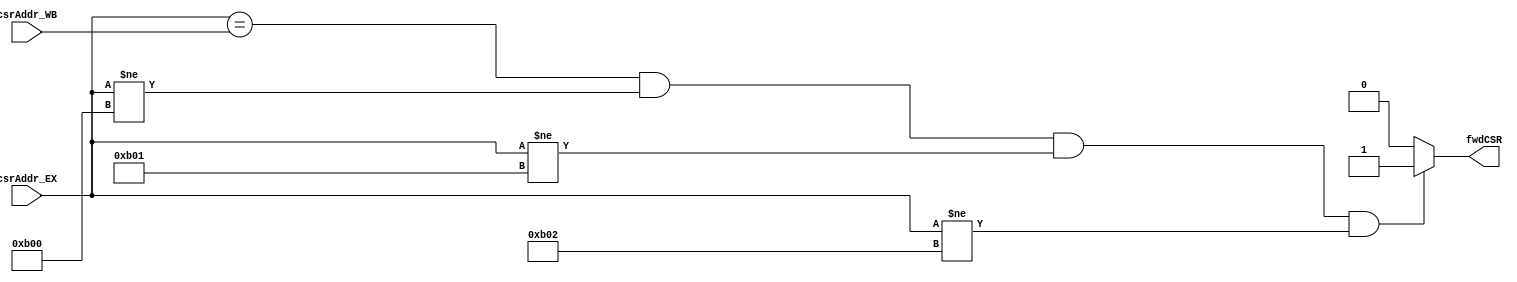
module csrFwdUnit(csrAddr_EX, csrAddr_WB, fwdCSR);
    input [11:0] csrAddr_EX;
    input [11:0] csrAddr_WB;
    output reg   fwdCSR;
    
    always @ (*) begin
        if ((csrAddr_EX == csrAddr_WB) && (csrAddr_EX != 12'hb00) && (csrAddr_EX != 12'hb01) && (csrAddr_EX != 12'hb02))
            fwdCSR = 1'b1;
        else
            fwdCSR = 1'b0;
    end
    
endmodule